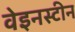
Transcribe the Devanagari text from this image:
वेइनस्टीन